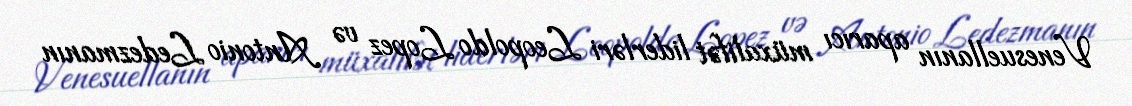
Venesuellanın aparıcı müxalifət liderləri Leopoldo Lopez və Antonio Ledezmanın